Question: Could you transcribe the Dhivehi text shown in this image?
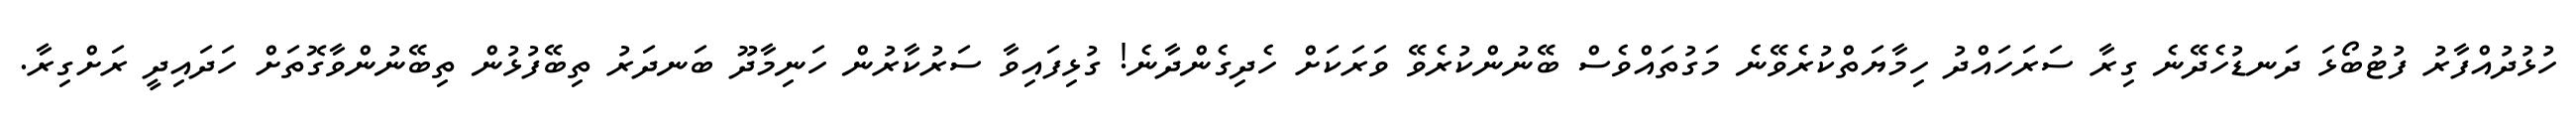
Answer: ހުޅުދުއްފާރު ފުޓުބޯޅަ ދަނޑުހެދޭނެ ގިރާ ސަރަހައްދު ހިމާޔަތްކުރެވޭނެ މަގުތައްވެސް ބޭނުންކުރެވޭ ވަރަކަށް ހެދިގެންދާނެ! ގުޅިފައިވާ ސަރުކާރުން ހަނިމާދޫ ބަނދަރު ތިބޭފުޅުން ތިބޭނުންވާގޮތަށް ހަދައިދީ ރަށްގިރާ.